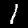
Digit: 1